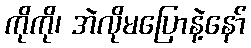
ကိုကို၊ အဲလိုမပြောနဲ့နော်